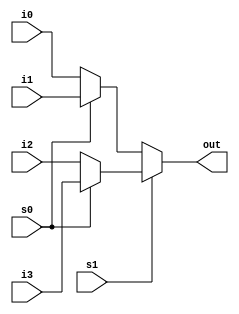
// 4-to-1 multiplexer. Port list is taken exactly from
// the I/O diagram.
module mux4_to_1 (out, i0, i1, i2, i3, s1, s0);

// Port declarations from the I/O diagram
output out;
input i0, i1, i2, i3;
input s1, s0;

assign out = s1 ? ( s0 ? i3 : i2) : (s0 ? i1 : i0) ;

endmodule

// Define the stimulus module (no ports)
module stimulus;

// Declare variables to be connected
// to inputs
reg IN0, IN1, IN2, IN3;
reg S1, S0;

// Declare output wire
wire OUTPUT;

// Instantiate the multiplexer
mux4_to_1 mymux(OUTPUT, IN0, IN1, IN2, IN3, S1, S0);

// Stimulate the inputs
initial 
begin
	// set input lines
	IN0 = 1; IN1 = 0; IN2 = 1; IN3 = 0;
	#1 $display("IN0= %b, IN1= %b, IN2= %b, IN3= %b\n",IN0,IN1,IN2,IN3);
			

	// choose IN0
	S1 = 0; S0 = 0;
	#1 $display("S1 = %b, S0 = %b, OUTPUT = %b \n", S1, S0, OUTPUT);

	// choose IN1
	S1 = 0; S0 = 1;
	#1 $display("S1 = %b, S0 = %b, OUTPUT = %b \n", S1, S0, OUTPUT);

	// choose IN2
	S1 = 1; S0 = 0;
	#1 $display("S1 = %b, S0 = %b, OUTPUT = %b \n", S1, S0, OUTPUT);

	// choose IN3
	S1 = 1; S0 = 1;
	#1 $display("S1 = %b, S0 = %b, OUTPUT = %b \n", S1, S0, OUTPUT);
end

endmodule